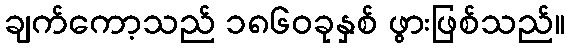
ချက်ကော့သည် ၁၈၆၀ခုနှစ် ဖွားဖြစ်သည်။